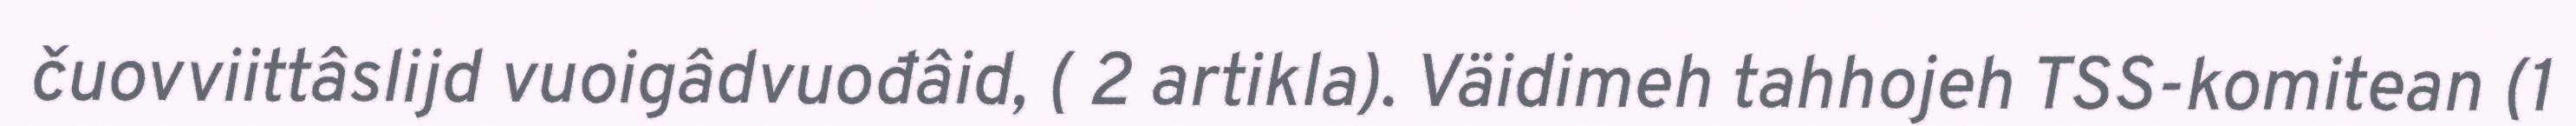
čuovviittâslijd vuoigâdvuođâid, ( 2 artikla). Väidimeh tahhojeh TSS-komitean (1